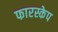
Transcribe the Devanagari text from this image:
फारस्केप